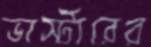
ভার্স্টারের